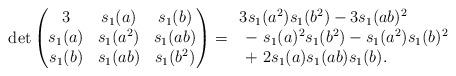
LaTeX: \begin{align*} \det\begin{pmatrix} 3 & s_1(a) & s_1(b) \\ s_1(a) & s_1(a^2) & s_1(ab)\\ s_1(b) & s_1(ab) & s_1(b^2) \end{pmatrix} &= \begin{array}{l}3s_1(a^2)s_1(b^2) - 3s_1(ab)^2\\ \ -\ s_1(a)^2s_1(b^2) - s_1(a^2)s_1(b)^2 \\ \ +\ 2s_1(a)s_1(ab)s_1(b). \end{array}\end{align*}